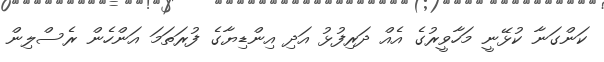
ކަންގަނާ ކުޅޭނީ މަހާވީރުގެ އެއް ދަރިފުޅު އަދި އިންޑިޔާގެ ފުރަތަމަ އަންހެން ރެސްލިން